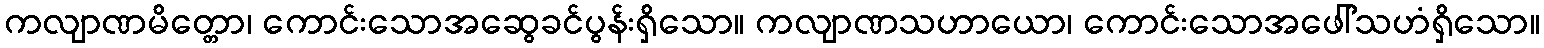
ကလျာဏမိတ္တော၊ ကောင်းသောအဆွေခင်ပွန်းရှိသော။ ကလျာဏသဟာယော၊ ကောင်းသောအဖေါ်သဟံရှိသော။